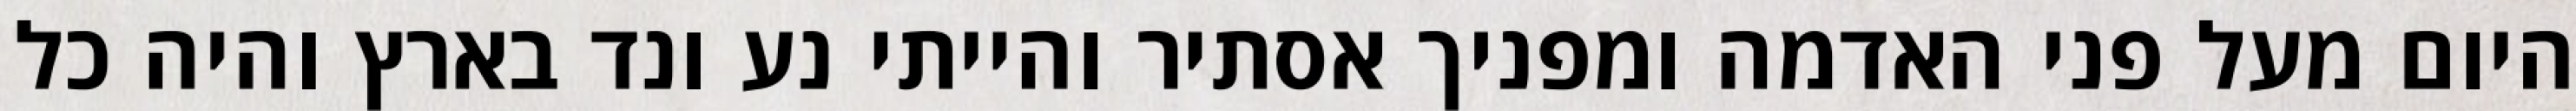
היום מעל פני האדמה ומפניך אסתיר והייתי נע ונד בארץ והיה כל